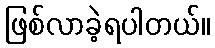
ဖြစ်လာခဲ့ရပါတယ်။